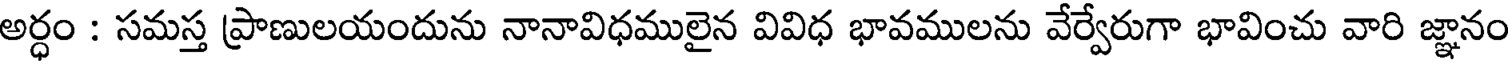
అర్ధం : సమస్త ప్రాణులయందును నానావిధములైన వివిధ భావములను వేర్వేరుగా భావించు వారి జ్ఞానం